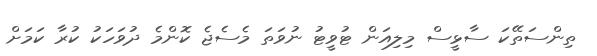
ތިންސަތޭކަ ސާޅީސް މިލިއަން ޓުވީޓު ނުވަތަ މެސެޖެ ކޮންމެ ދުވަހަކު ކުރާ ކަމަށް